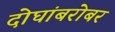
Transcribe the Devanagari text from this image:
दोघांबरोबर